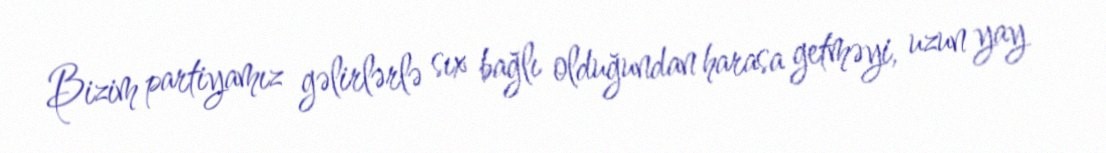
Bizim partiyamız gəlirlərlə sıx bağlı olduğundan harasa getməyi, uzun yay